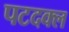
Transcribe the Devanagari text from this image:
पटदक्ल